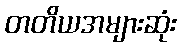
တတိယအများဆုံး